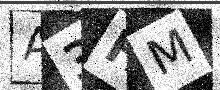
Text: A3HM